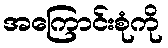
အကြောင်းစုံကို